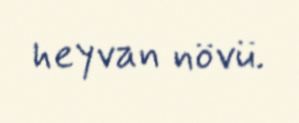
heyvan növü.